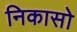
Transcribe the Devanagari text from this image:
निकासो